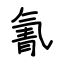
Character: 氰